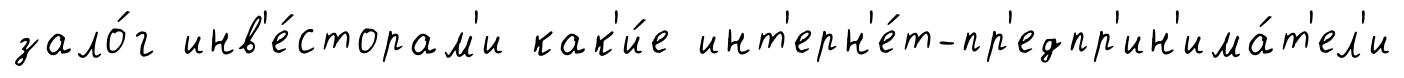
зало́г инв'е́сторам'и как'и́е инт'ерн'е́т-пр'едпр'ин'има́т'ел'и